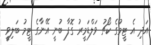
އަދި އެ ޓީމުގެ ކޯޗު ވަލްޑަމީރު ގޮފާ ބުނީ އޭނާގެ ޓީމު ބަލިވީ